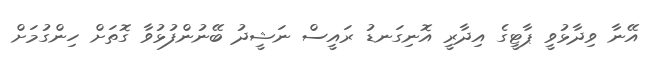
އޭނާ ވިދާޅުވީ ޕާޓީގެ އިދާރީ އޮނިގަނޑު ރައީސް ނަޝީދު ބޭނުންފުޅުވާ ގޮތަށް ހިންގުމަށް